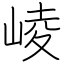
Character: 崚